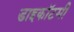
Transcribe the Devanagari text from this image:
डाइकॉटमी